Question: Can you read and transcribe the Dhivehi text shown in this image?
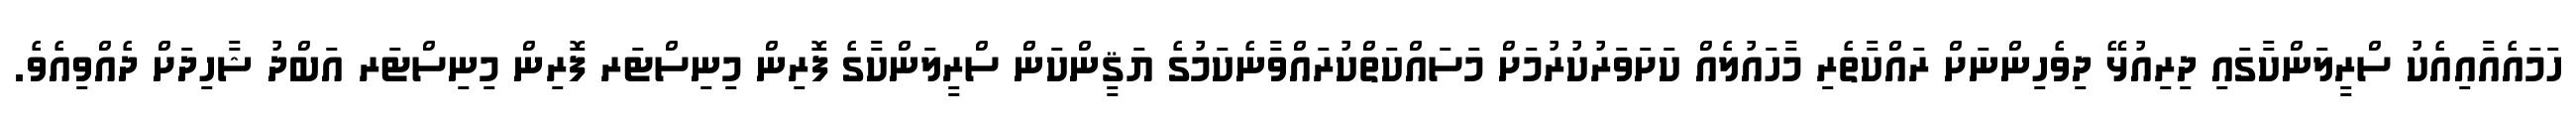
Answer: ހަމައެއާއިއެކު ސްރީލަންކާގައި ދިރިއުޅޭ ދިވެހިންނަށް ރައްކާތެރި މާހައުލެއް ކަށަވަރުކުރުމަށް މަސައްކަތްކުރައްވާނެކަމުގެ ޔަޤީންކަން ސްރީލަންކާގެ ފޮރިން މިނިސްޓަރ ފޮރިން މިނިސްޓަރ އަބްދު ޝާހިދަށް ދެއްވިއެވެ.